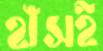
হাঁসই